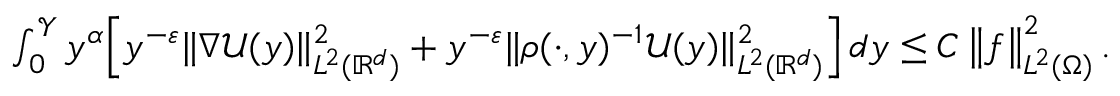
\begin{array} { r } { \int _ { 0 } ^ { \mathcal { Y } } { y ^ { \alpha } \Big [ y ^ { - \varepsilon } \| \nabla \mathcal { U } ( y ) \| _ { L ^ { 2 } ( \mathbb { R } ^ { d } ) } ^ { 2 } + y ^ { - \varepsilon } \| \rho ( \cdot , y ) ^ { - 1 } \mathcal { U } ( y ) \| _ { L ^ { 2 } ( \mathbb { R } ^ { d } ) } ^ { 2 } \Big ] \, d y } \leq C \left\| f \right\| _ { L ^ { 2 } ( \Omega ) } ^ { 2 } . } \end{array}